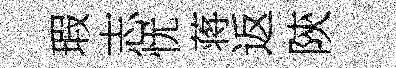
瑕志忧蒋返陝